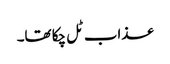
عذاب ٹل چکا تھا۔